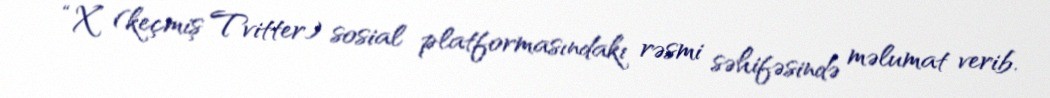
“X” (keçmiş Tvitter) sosial platformasındakı rəsmi səhifəsində məlumat verib.